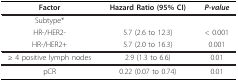
<table><thead><tr><td><b>Factor</b></td><td><b>Hazard Ratio (95% CI)</b></td><td><b><i>P-value</i></b></td></tr></thead><tbody><tr><td>Subtype*</td><td></td><td></td></tr><tr><td>HR-/HER2-</td><td>5.7 (2.6 to 12.3)</td><td>&lt; 0.001</td></tr><tr><td>HR-/HER2+</td><td>5.7 (2.0 to 16.3)</td><td>0.001</td></tr><tr><td>≥ 4 positive lymph nodes</td><td>2.9 (1.3 to 6.6)</td><td>0.01</td></tr><tr><td>pCR</td><td>0.22 (0.07 to 0.74)</td><td>0.01</td></tr></tbody></table>